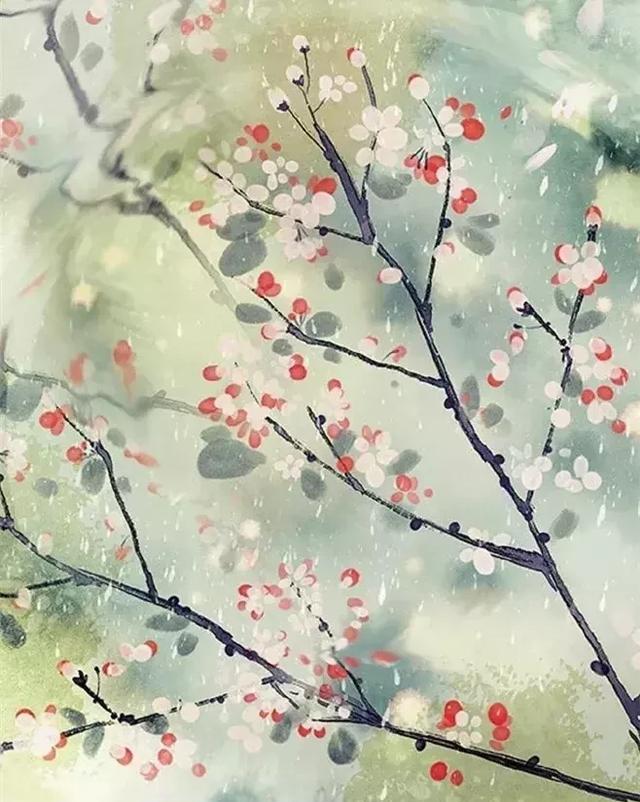
心似双丝网，中有千千结。